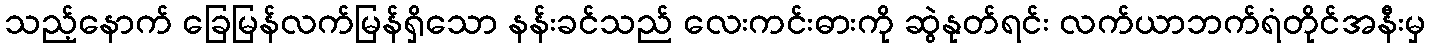
သည့်နောက် ခြေမြန်လက်မြန်ရှိသော နန်းခင်သည် လေးကင်းဓားကို ဆွဲနုတ်ရင်း လက်ယာဘက်ရံတိုင်အနီးမှ